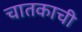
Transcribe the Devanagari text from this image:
चातकाची